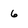
Character: 6